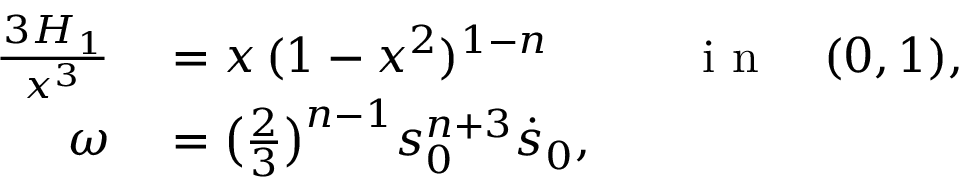
\begin{array} { r l r l } { \frac { \d ^ { 3 } H _ { 1 } } { \d x ^ { 3 } } } & { { } = x \, ( 1 - x ^ { 2 } ) ^ { 1 - n } } & { } & { { } \mathrm { ~ i ~ n ~ } \quad ( 0 , 1 ) , } \\ { \omega } & { { } = \big ( \frac 2 3 \big ) ^ { n - 1 } s _ { 0 } ^ { n + 3 } \dot { s } _ { 0 } , } \end{array}